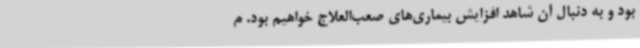
بود و به دنبال آن شاهد افزایش بیماری‌های صعب‌العلاج خواهیم بود. م